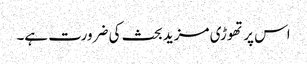
اس پر تھوڑی مزید بحث کی ضرورت ہے۔